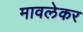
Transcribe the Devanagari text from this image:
मावलेकर